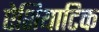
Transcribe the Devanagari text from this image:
ऐशियाटिक